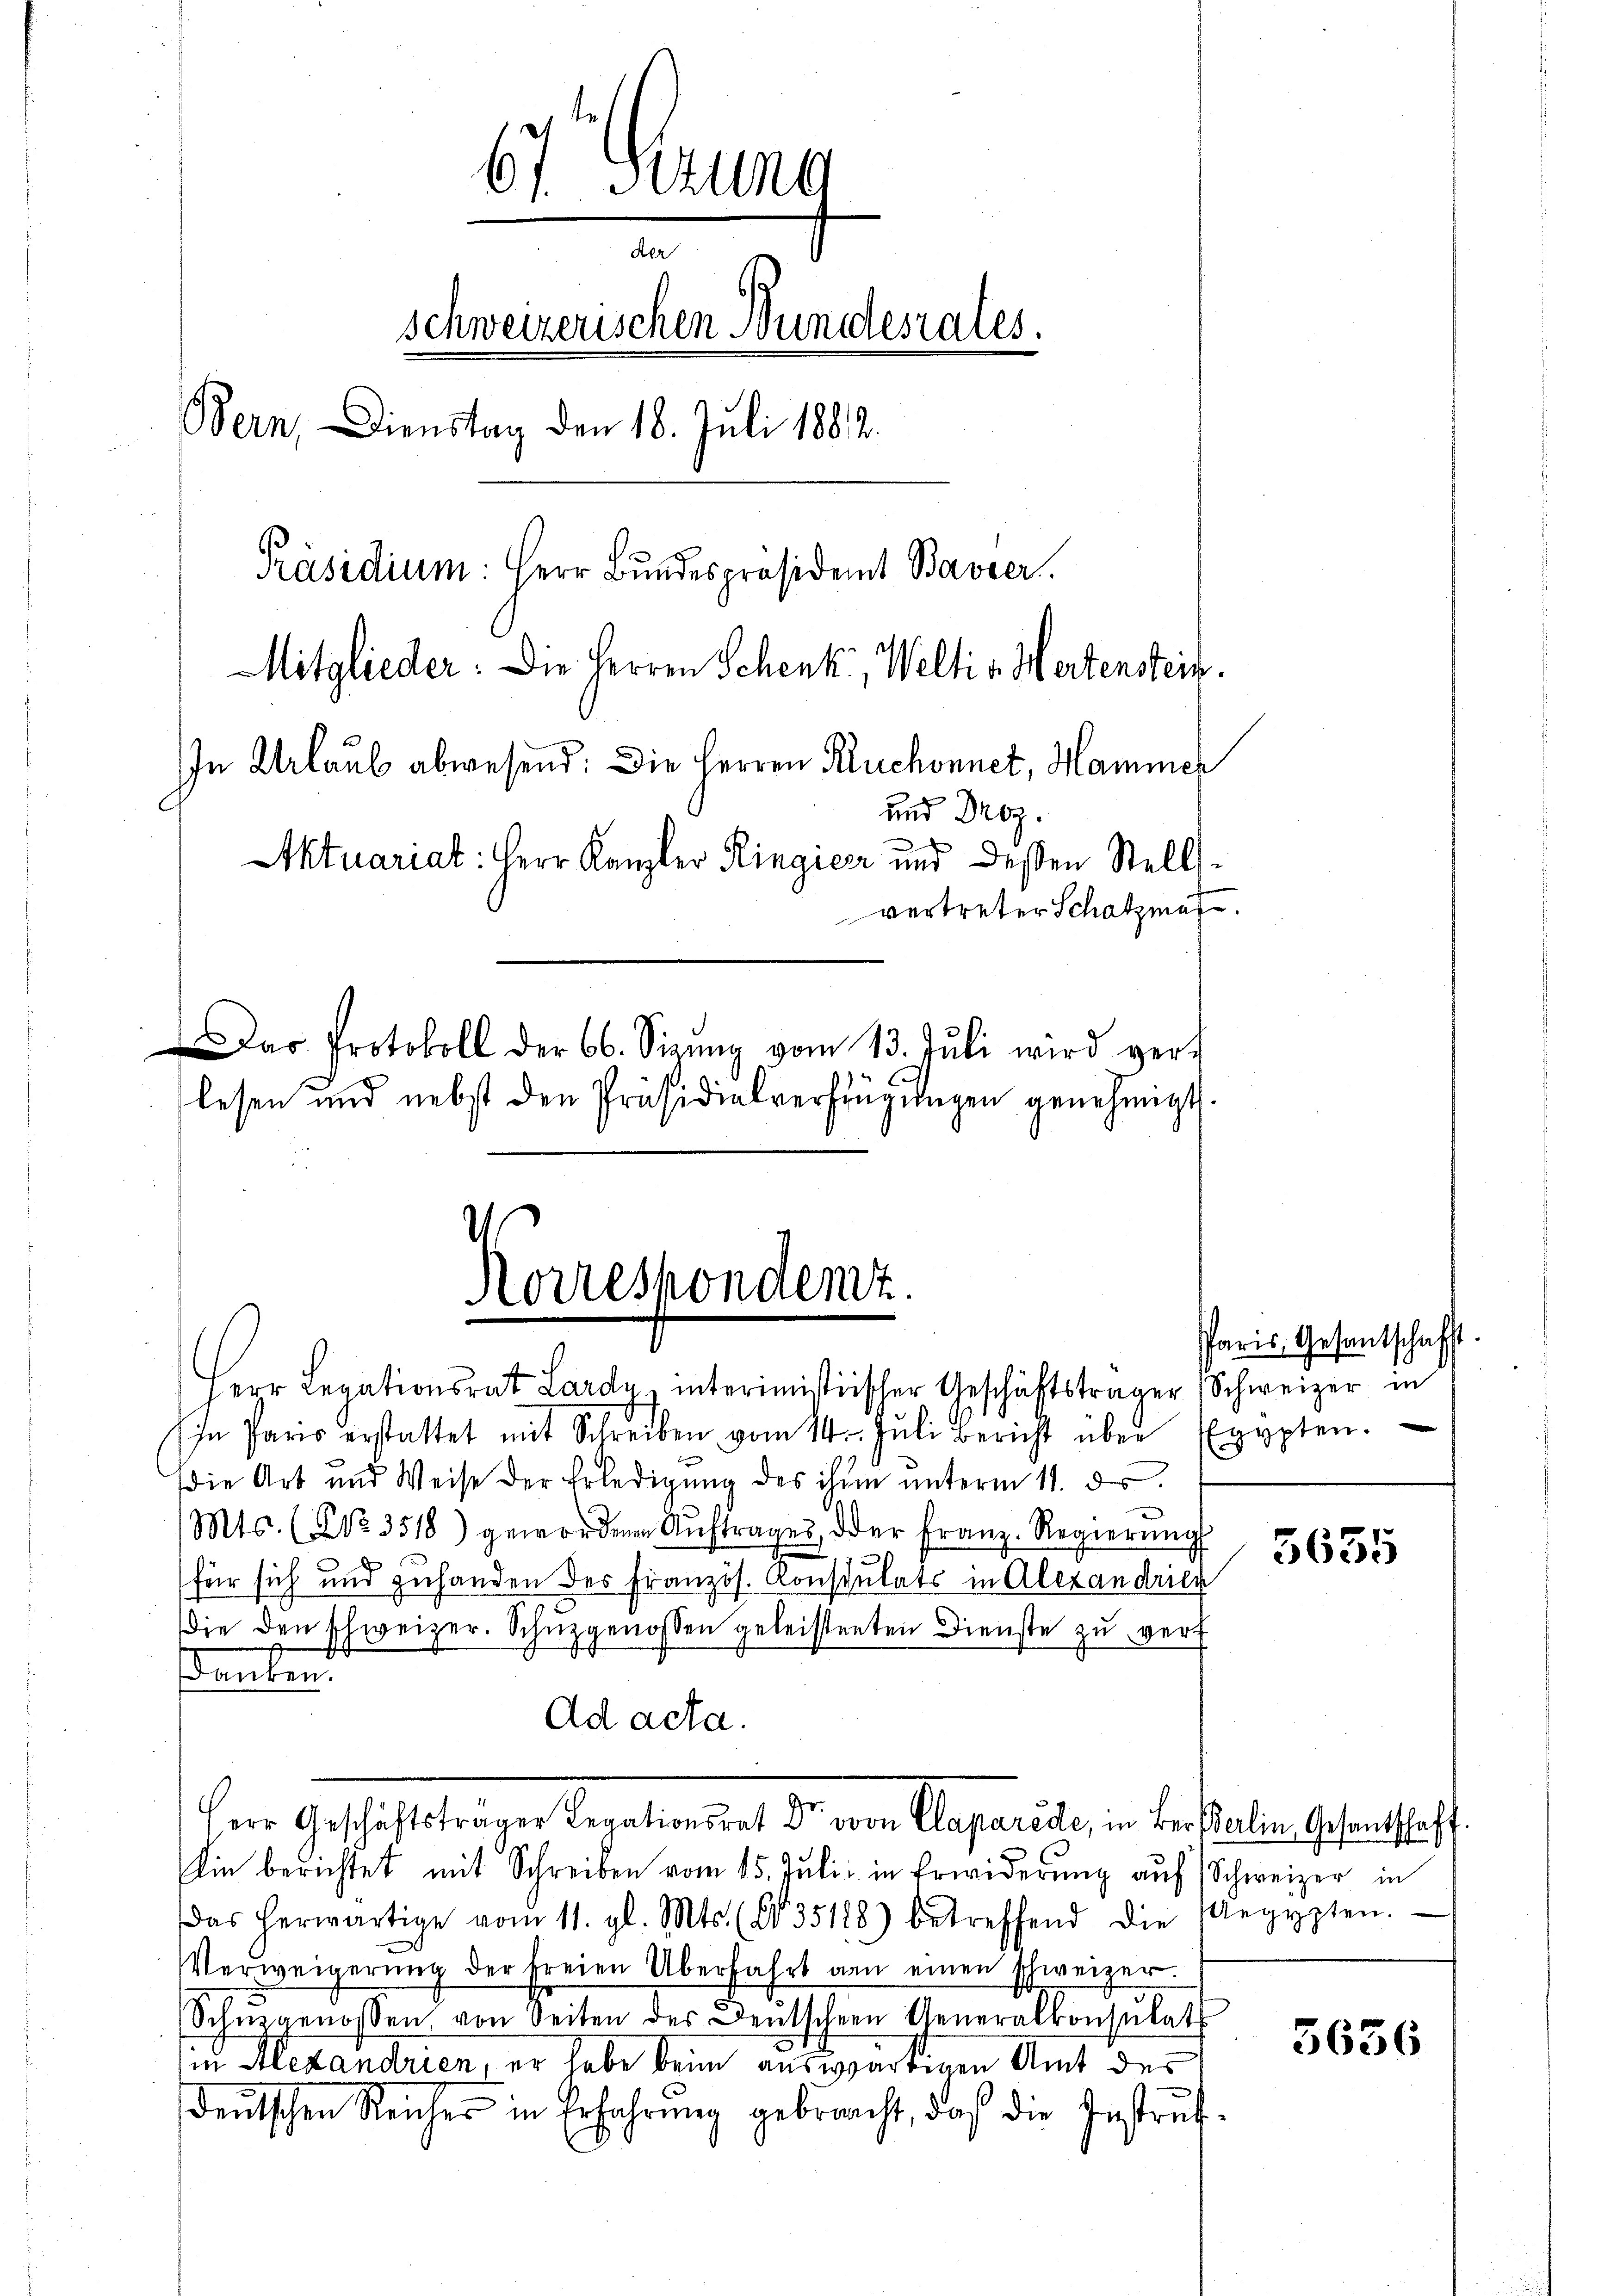
6. Brune
der
schweizerischen Bundesrates.
Bern, Dienstag den 18. Juli 1882.
Präsidium: Herr Bundespräsident Bavier.
Mitglieder: Die Herren Schenk, Welti v. Hertenstein
In Urlaub abwesend: Die Herren Ruchonnet, Hammer
und Droz.

Aktuariat: Herr Kanzler Ringieer und deßen Stellvertreter Schatzmas
Das Protokoll der 66. Sizŭng vom 13. Jŭli wird ver-
lesen und nebst den Präsidialverfügungen genehmigt.

Korrespondent.
HLegationsrat Lardy interimistischer Geschäftsträger Schweizer in

In Paris erstattet mit Schreiben vom 14. Jŭli Bericht über Egypten.
die Art und Weise der Erledigŭng des ihm unterm 11. dr.
Mts. (NNo. 3518) gewordenen Aŭftrages der Franz-Regierŭng
für sich und gehanden des Französ. Konsulats in Alexandrier
die den schweizer. Schüzgenossen geleistenten Dienste zŭ verf
Faulen
Ad acta.
Herr Geschäftsträger Legationsrat Dr von Caparide, in Verstalten Gesandtschaft
Ein berichtet mit Schreiben vom 15. Juli in Erwiderung auf Schweizer in
Das herwärtige vom 11. gl. Mts. (§ 35188) betreffend die Aegypten.
Verweigerŭng der freien Überfahrt an einen schweizer.
Schwegenossen von Seiten der Deutschern Generalkonsulat
in Alexandrien, er habe beim auswärtigen Amt des
deutschen Reicher in Erfahrung gebracht, daß die Instruc¬

Paris Gesantschaft.

5635

5636